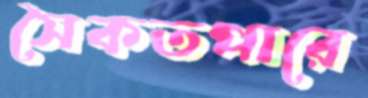
সৈকতপারে